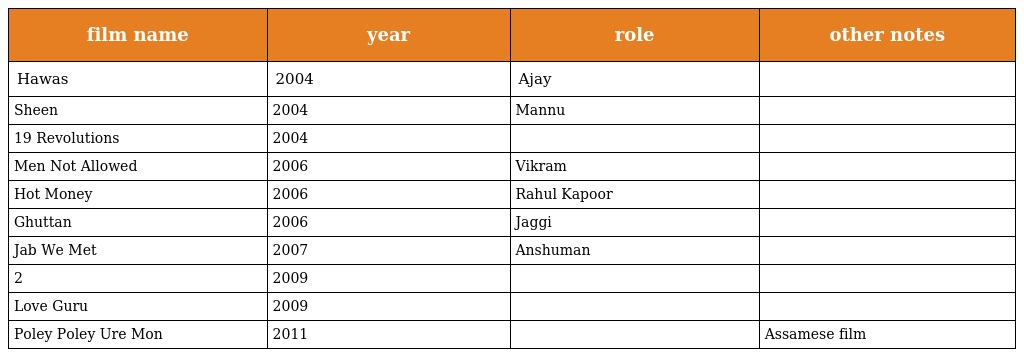
| film name | year | role | other notes |
 | --- | --- | --- | --- |
 | Hawas | 2004 | Ajay |  |
 | Sheen | 2004 | Mannu |  |
 | 19 Revolutions | 2004 |  |  |
 | Men Not Allowed | 2006 | Vikram |  |
 | Hot Money | 2006 | Rahul Kapoor |  |
 | Ghuttan | 2006 | Jaggi |  |
 | Jab We Met | 2007 | Anshuman |  |
 | 2 | 2009 |  |  |
 | Love Guru | 2009 |  |  |
 | Poley Poley Ure Mon | 2011 |  | Assamese film |